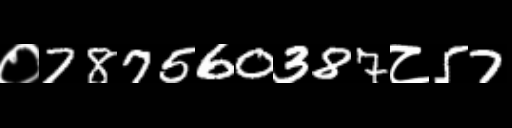
Text: ०787560387८57